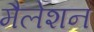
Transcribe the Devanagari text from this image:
मैलेशन